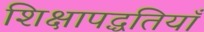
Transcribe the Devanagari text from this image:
शिक्षापद्धतियाँ